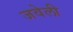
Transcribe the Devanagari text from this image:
जवेली